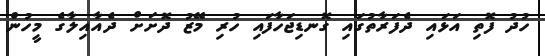
ހުދު ފޮތި އަޅައި ދެފަރާތުގައި ގޮނޑިޖަހާފައި ހުރި މޭޒު ދޮށަށް ދެއާއިލާގެ މީހުން